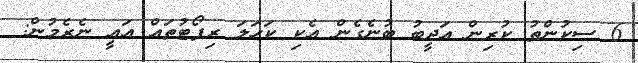
6 ސިކުންތު ކުރިން އަދީބު ބުނެގެން އެކި ކަހަލަ ރިޕޯޓުތައް އައީ ނެރެމުން: